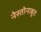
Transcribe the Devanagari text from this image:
नेस्तोनाबूत